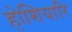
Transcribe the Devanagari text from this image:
होशियारि